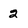
Character: 2